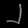
Digit: ၂